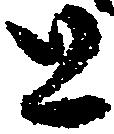
と